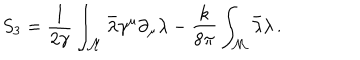
S _ { 3 } = \frac { 1 } { 2 \gamma } \int _ { \cal M } \bar { \lambda } \gamma ^ { \mu } \partial _ { \mu } \lambda - \frac { k } { 8 \pi } \int _ { \cal M } \bar { \lambda } \lambda \, .